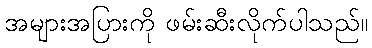
အများအပြားကို ဖမ်းဆီးလိုက်ပါသည်။